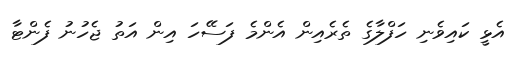
އެޅީ ކައިވެނި ހަފްލާގެ ތެރެއިން އެންމެ ފަސޭހަ އިން އަތު ޖެހުނު ފެންޓާ